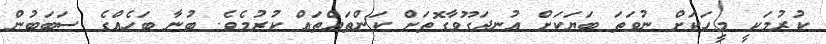
ކުރުމަކީ މީހަކަށް ނުވަތަ ބަޔަކަށް އުނދަގޫވާގޮތަށް ކަންތައްތައް ކުރުމެވެ. ބުނާ ބަހެއްގެ ސަބަބުން